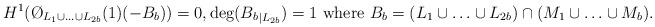
LaTeX: \begin{align*}H^1(\O_{L_1 \cup \ldots \cup L_{2b}}(1)(-B_b))=0, \deg ({B_b}_{|L_{2b}})=1 \ \hbox{where} \ B_b=(L_1 \cup \ldots \cup L_{2b}) \cap (M_1\cup \ldots \cup M_b).\end{align*}